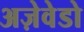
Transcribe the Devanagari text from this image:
अज़ेवेडो